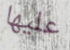
عليها